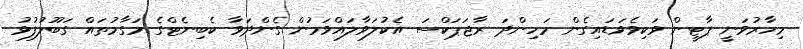
މިހާރުވަނީ ޕާޓީން ވަކިވެވަޑައިގެން މަހިންދަ ރާޖަޕަކްސަ އެކުލަވާލައްވަމުން ގެންދަވާ ކެބިނެޓްގެ މަގާމުތައް ގަބޫލުފުޅު